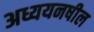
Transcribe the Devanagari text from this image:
अध्ययनषील